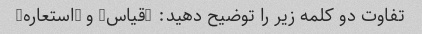
تفاوت دو کلمه زیر را توضیح دهید: "قیاس" و "استعاره"